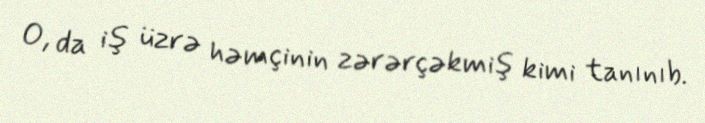
O, da iş üzrə həmçinin zərərçəkmiş kimi tanınıb.